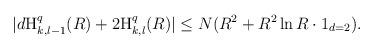
LaTeX: \begin{align*}|d\textnormal{H}_{k,l-1}^{q}(R)+2\textnormal{H}_{k,l}^{q}(R)|\leq N(R^2 + R^2 \ln R \cdot 1_{d=2}).\end{align*}